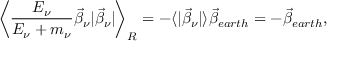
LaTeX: \left< \frac { E _ { \nu } } { E _ { \nu } + m _ { \nu } } \vec { \beta } _ { \nu } | \vec { \beta } _ { \nu } | \right> _ { R } = - \langle | \vec { \beta } _ { \nu } | \rangle \vec { \beta } _ { e a r t h } = - \vec { \beta } _ { e a r t h } ,